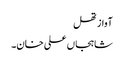
آواز تھل
شاہجاں علی خان۔